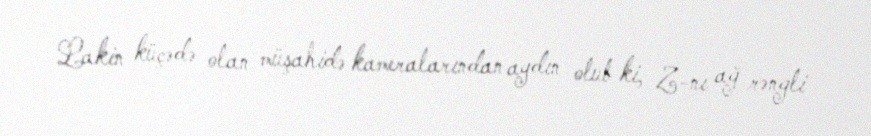
Lakin küçədə olan müşahidə kameralarından aydın olub ki, Z-nı ağ rəngli